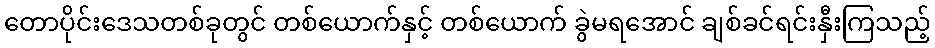
တောပိုင်းဒေသတစ်ခုတွင် တစ်ယောက်နှင့် တစ်ယောက် ခွဲမရအောင် ချစ်ခင်ရင်းနှီးကြသည့်